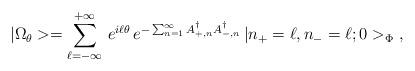
LaTeX: \begin{align*}|\Omega_\theta>=\sum_{\ell=-\infty}^{+\infty}\,e^{i\ell\theta}\,e^{-\sum_{n=1}^\infty A^\dagger_{+,n}A^\dagger_{-,n}}\,|n_+=\ell,n_-=\ell;0>_\Phi\ ,\end{align*}